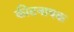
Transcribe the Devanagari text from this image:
कीटनाषक